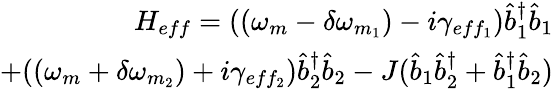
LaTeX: \begin{array}{r}{H_{eff}=((\omega_{m}-\delta\omega_{m_{1}})-i\gamma_{eff_{1}})\hat{b}_{1}^{\dagger}\hat{b}_{1}}\\ {+((\omega_{m}+\delta\omega_{m_{2}})+i\gamma_{eff_{2}})\hat{b}_{2}^{\dagger}\hat{b}_{2}-J(\hat{b}_{1}\hat{b}_{2}^{\dagger}+\hat{b}_{1}^{\dagger}\hat{b}_{2})}\end{array}